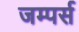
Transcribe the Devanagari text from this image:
जम्पर्स